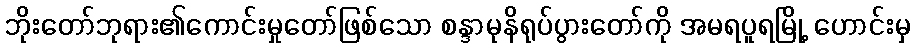
ဘိုးတော်ဘုရား၏ကောင်းမှုတော်ဖြစ်သော စန္ဒာမုနိရုပ်ပွားတော်ကို အမရပူရမြို့ ဟောင်းမှ